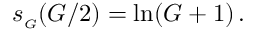
s _ { \scriptscriptstyle G } ( G / 2 ) = \ln ( G + 1 ) \, .